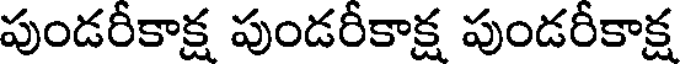
పుండరీకాక్ష పుండరీకాక్ష పుండరీకాక్ష